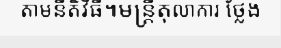
តាមនីតិវិធី។មន្ត្រីតុលាការ ថ្លែង